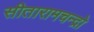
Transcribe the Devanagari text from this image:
सीतारामचन्द्रो